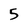
Character: 5